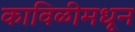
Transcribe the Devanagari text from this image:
काविळीमधून